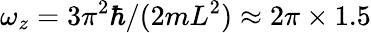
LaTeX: \omega_{z}=3\pi^{2}\hbar/(2mL^{2})\approx 2\pi\times 1.5